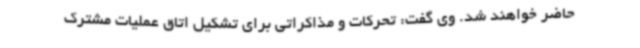
حاضر خواهند شد. وی گفت: تحرکات و مذاکراتی برای تشکیل اتاق عملیات مشترک